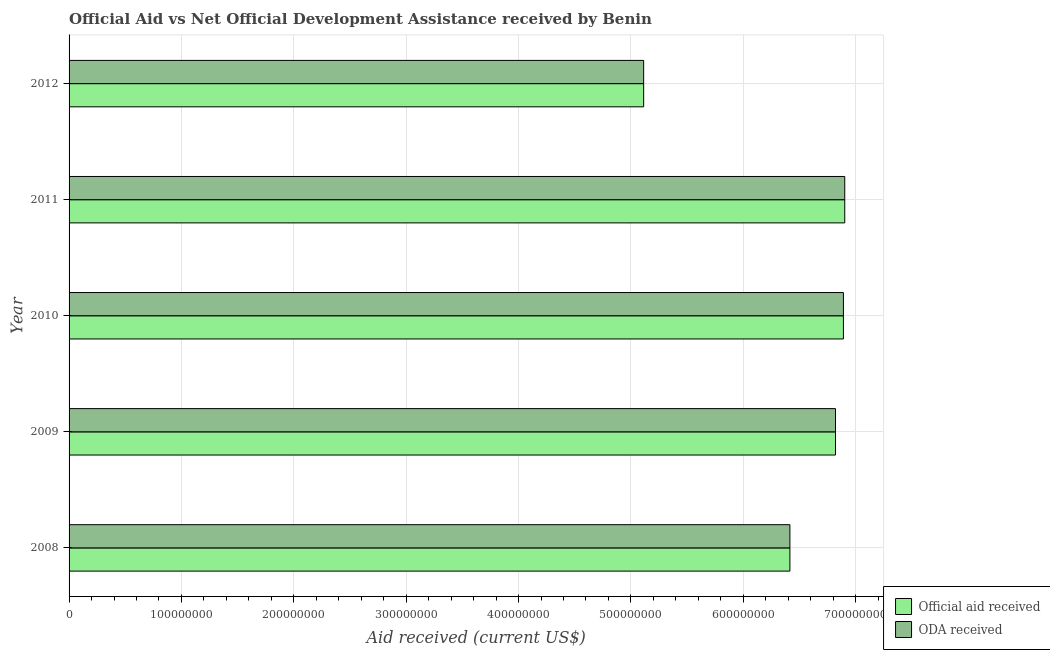
| Year | Official aid received | ODA received |
 | --- | --- | --- |
 | 2008 | 6.41e+08 | 6.41e+08 |
 | 2009 | 6.82e+08 | 6.82e+08 |
 | 2010 | 6.89e+08 | 6.89e+08 |
 | 2011 | 6.9e+08 | 6.9e+08 |
 | 2012 | 5.11e+08 | 5.11e+08 |